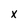
Character: x